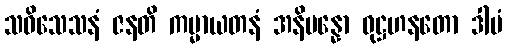
သဝိသေသနံ ဇနတိ ကမ္မာယတနံ အနိပန္နော ဝုဋ္ဌဟနတော ဒါမံ